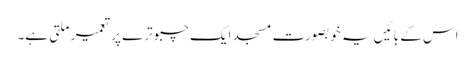
اس کے بائیں یہ خوبصورت مسجد ایک چبوترے پر تعمیر ملتی ہے۔